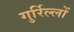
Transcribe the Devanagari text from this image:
गुर्रिल्लों